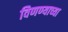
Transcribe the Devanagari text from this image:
विणण्याच्या